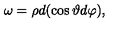
\omega = \rho d ( \cos \vartheta d \varphi ) ,